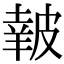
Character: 𥀀